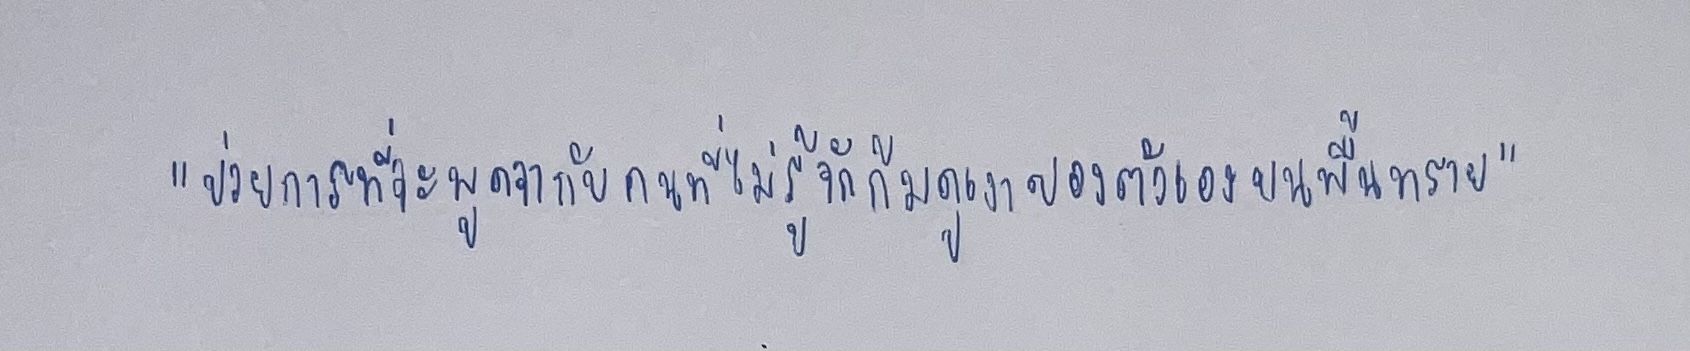
"ป่วยการที่จะพูดจากับคนที่ไม่รู้จักก้มดูเงาของตัวเองบนพื้นทราย"